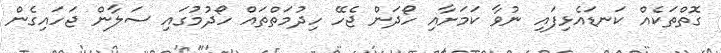
ގޮތްތަކެއް ކަނޑައެޅިފައި ނުވާ ކަމަށާއި ހޯދަން ޖެހޭ ހިދުމަތްތައް ހޯދުމުގައި ސަލާން ޖަހައިގެން